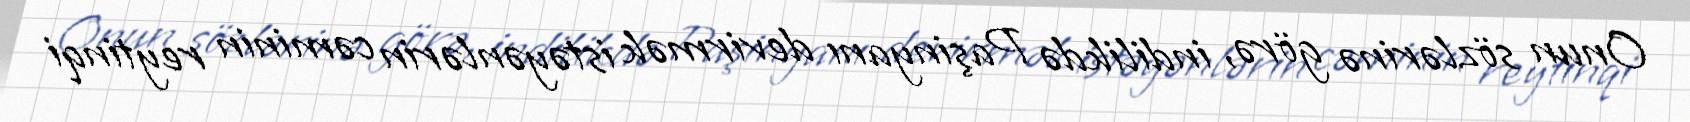
Onun sözlərinə görə, indilikdə Paşinyanı devirmək istəyənlərin cəminin reytinqi